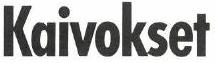
Kaivokset